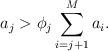
LaTeX: \begin{align*} a_j >\phi_j \sum^{M}_{i=j+1}a_i. \end{align*}